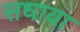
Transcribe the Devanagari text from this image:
सधाया